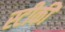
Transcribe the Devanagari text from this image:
स्टीकी